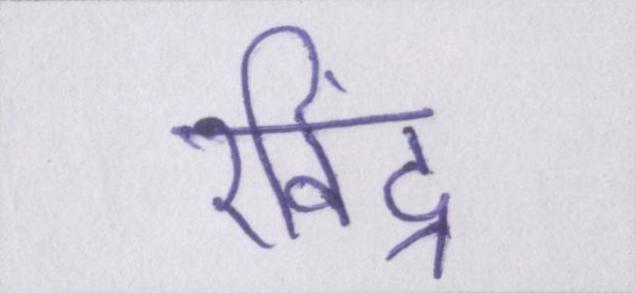
रविंद्र